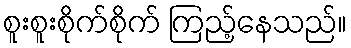
စူးစူးစိုက်စိုက် ကြည့်နေသည်။